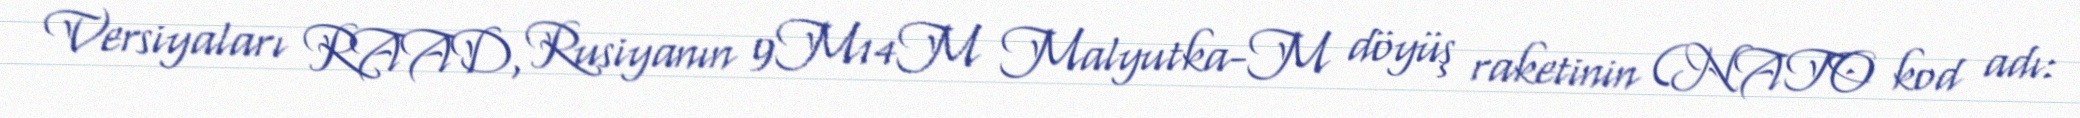
Versiyaları RAAD, Rusiyanın 9M14M Malyutka-M döyüş raketinin (NATO kod adı: